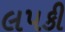
લપકી